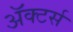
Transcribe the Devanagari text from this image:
ॲक्टर्स